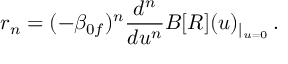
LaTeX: r _ { n } = ( - \beta _ { 0 f } ) ^ { n } \frac { d ^ { n } } { d u ^ { n } } B [ R ] ( u ) _ { | _ { u = 0 } } \, .